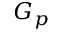
G _ { p }